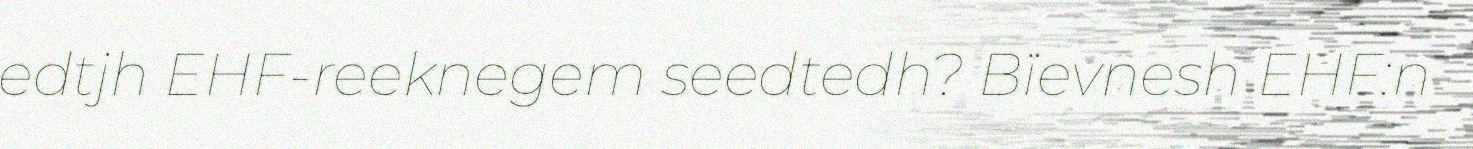
edtjh EHF-reeknegem seedtedh? Bïevnesh EHF:n